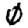
Digit: 0